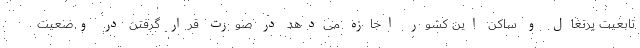
تابعیت پرتغال و ساکن این کشور اجازه می‌دهد در صورت قرار گرفتن در وضعیت